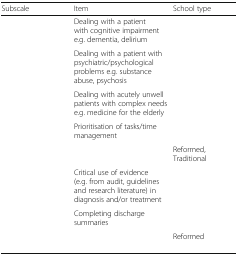
<table><thead><tr><td><b>Subscale</b></td><td><b>Item</b></td><td><b>School type</b></td></tr></thead><tbody><tr><td>[EMPTY_CELL]</td><td>Dealing with a patient with cognitive impairment e.g. dementia, delirium</td><td>[EMPTY_CELL]</td></tr><tr><td>[EMPTY_CELL]</td><td>Dealing with a patient with psychiatric/psychological problems e.g. substance abuse, psychosis</td><td>[EMPTY_CELL]</td></tr><tr><td>[EMPTY_CELL]</td><td>Dealing with acutely unwell patients with complex needs e.g. medicine for the elderly</td><td>[EMPTY_CELL]</td></tr><tr><td rowspan="2">[EMPTY_CELL]</td><td>Prioritisation of tasks/time management</td><td>[EMPTY_CELL]</td></tr><tr><td>[EMPTY_CELL]</td><td>Reformed, Traditional</td></tr><tr><td>[EMPTY_CELL]</td><td>Critical use of evidence (e.g. from audit, guidelines and research literature) in diagnosis and/or treatment</td><td>[EMPTY_CELL]</td></tr><tr><td rowspan="2">[EMPTY_CELL]</td><td>Completing discharge summaries</td><td>[EMPTY_CELL]</td></tr><tr><td>[EMPTY_CELL]</td><td>Reformed</td></tr></tbody></table>